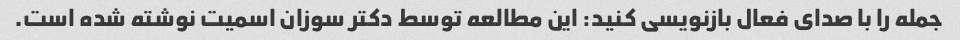
جمله را با صدای فعال بازنویسی کنید: این مطالعه توسط دکتر سوزان اسمیت نوشته شده است.